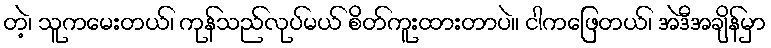
တဲ့၊ သူကမေးတယ်၊ ကုန်သည်လုပ်မယ် စိတ်ကူးထားတာပဲ။ ငါကဖြေတယ်၊ အဲဒီအချိန်မှာ